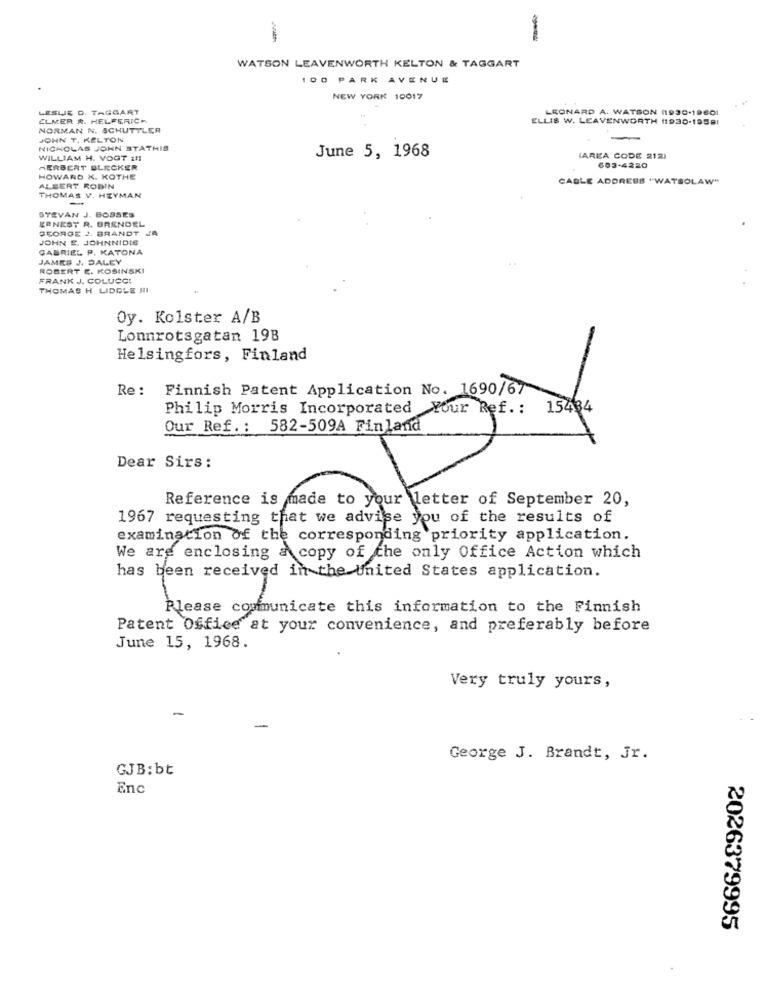
-
WATSON LEAVENWORTH KELTON & TAGGART
100 PARK AVENUE
NEW YORK 10017
LESUE D. TAGGART
LEONARD A. WATSON 11930-19601
ELMER &. HELFERICH
ELLIS W. LEAVENWORTH 11930-19591
NORMAN N. SCHUTTLER
JOHN T. KELTON
NICHOLAS JOHN STATHIS
WILLIAM H. VOGT 1 !!
June 5, 1968
(AREA CODE 212)
603-4220
HERBERT BLECKER
HOWARD K. KOTHE
CABLE ADDRESS "WATSOLAW"
ALBERT ROBIN
THOMAS V. HEYMAN
-
STEVAN J. BOSSES
EENEST R. BRENDEL
SEORGE 2. BRANDT JA
JOHN E. JOHNNIDIS
GABRIEL P. KATONA
JAMES J. DALEY
ROBERT E. KOSINSKI
FRANK J. COLUCCI
THOMAS H LIDGLE III
Oy. Kolster A/B
Lonnrotsgatan 19B
Helsingfors, Finland
Re: Finnish Patent Application No. 1690/67
15434
Our Ref .: 582-509A Finland
Dear Sirs :
examination of the corresponding priority application.
We are enclosing a copy of che only Office Action which
has been received in the United States application.
Please communicate this information to the Finnish
Patent Office at your convenience, and preferably before
June 15, 1968.
Very truly yours,
-
George J. Brandt, Jr.
GJB: bt
Enc
2026379995